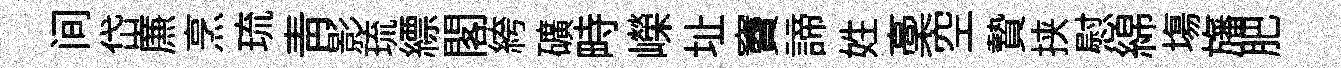
间岱㢘烹琉青影琉縹閣絝礦畤嶸址竇諦姓稾空贄挟慰綿塲旛肥